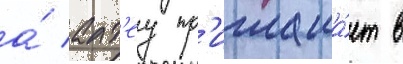
а́ алт'еу пр'иглаша́ет в